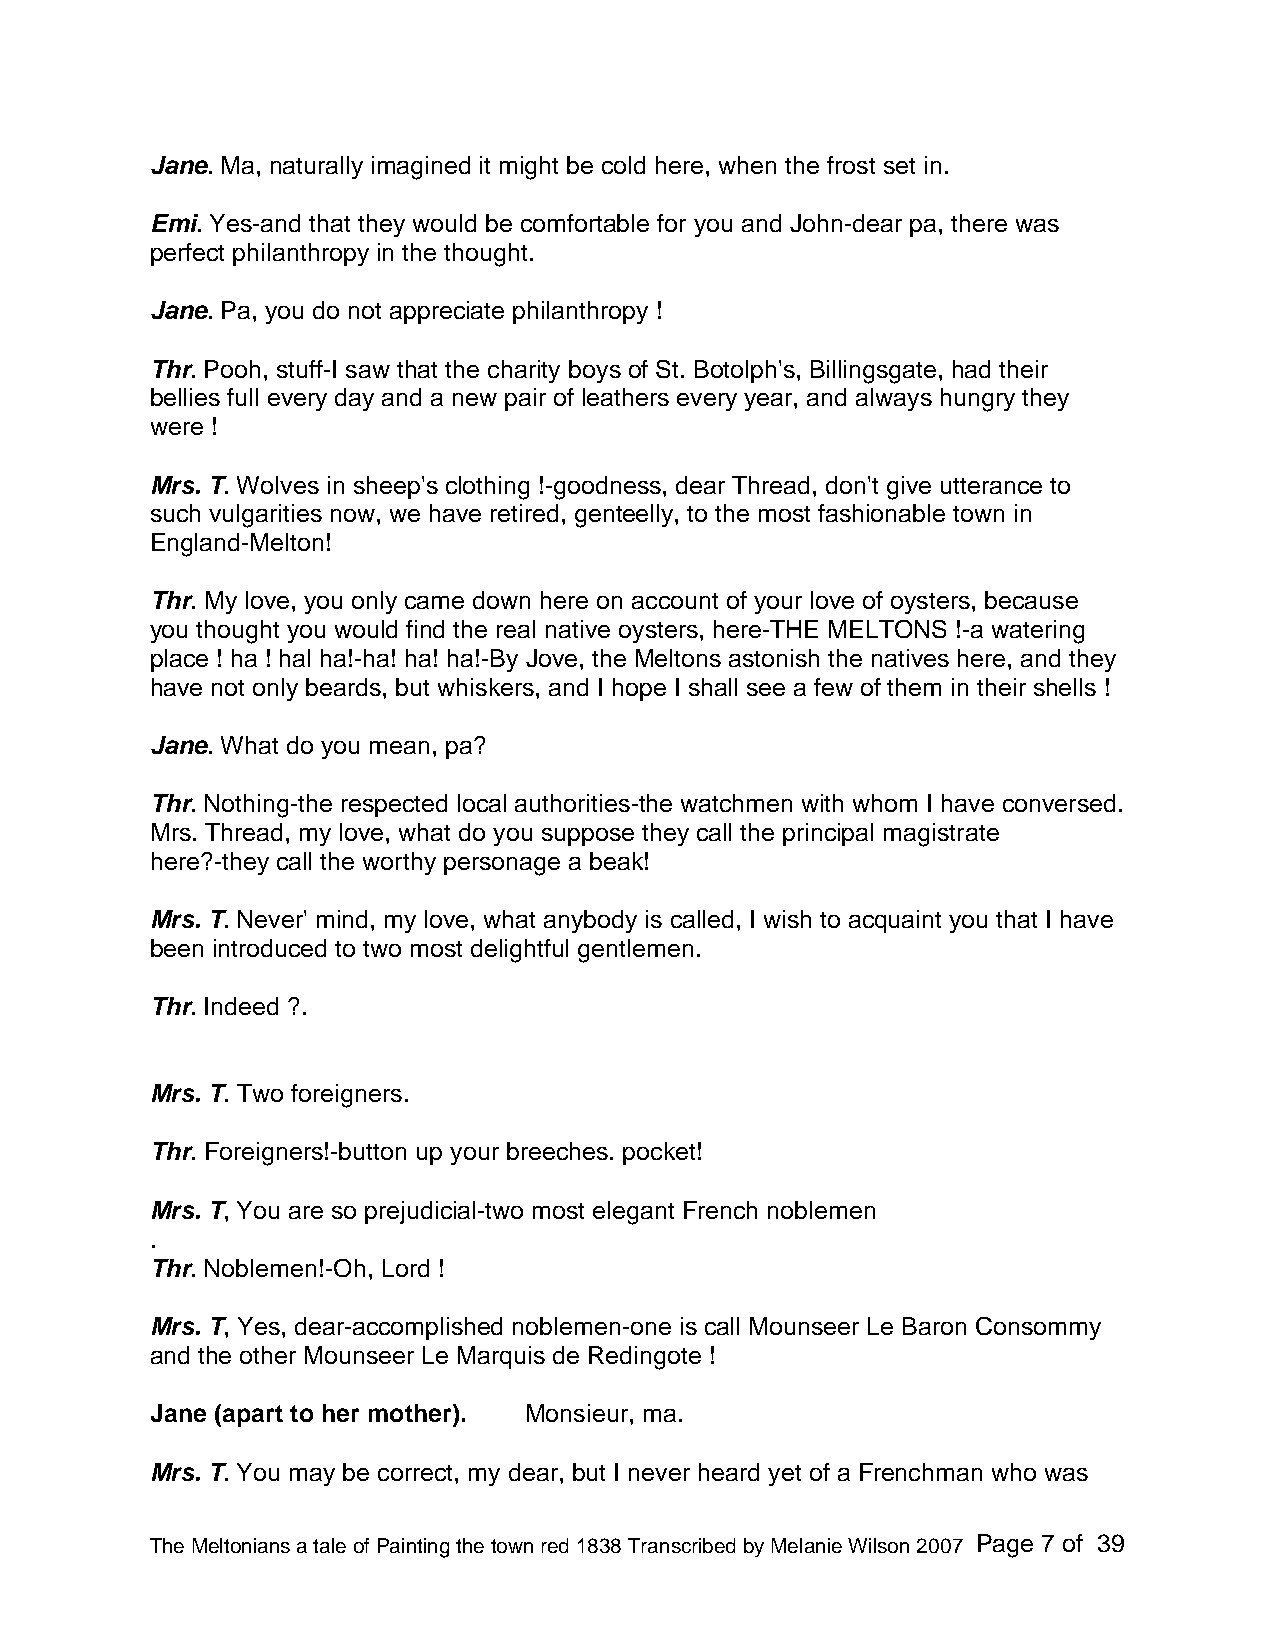
Jane. Ma, naturally imagined it might be cold here, when the frost set in.
 Emi. Yes-and that they would be comfortable for you and John-dear pa, there was
 perfect philanthropy in the thought.
 Jane. Pa, you do not appreciate philanthropy !
 Thr. Pooh, stuff-I saw that the charity boys of St. Botolph's, Billingsgate, had their
 bellies full every day and a new pair of leathers every year, and always hungry they
 were !
 Mrs. T. Wolves in sheep's clothing !-goodness, dear Thread, don't give utterance to
 such vulgarities now, we have retired, genteelly, to the most fashionable town in
 England-Melton!
 Thr. My love, you only came down here on account of your love of oysters, because
 you thought you would find the real native oysters, here-THE MELTONS !-a watering
 place ! ha ! hal ha!-ha! ha! ha!-By Jove, the Meltons astonish the natives here, and they
 have not only beards, but whiskers, and I hope I shall see a few of them in their shells !
 Jane. What do you mean, pa?
 Thr. Nothing-the respected local authorities-the watchmen with whom I have conversed.
 Mrs. Thread, my love, what do you suppose they call the principal magistrate
 here?-they call the worthy personage a beak!
 Mrs. T. Never' mind, my love, what anybody is called, I wish to acquaint you that I have
 been introduced to two most delightful gentlemen.
 Thr. Indeed ?.
 Mrs. T. Two foreigners.
 Thr. Foreigners!-button up your breeches. pocket!
 Mrs. T, You are so prejudicial-two most elegant French noblemen
 .
 Thr. Noblemen!-Oh, Lord !
 Mrs. T, Yes, dear-accomplished noblemen-one is call Mounseer Le Baron Consommy
 and the other Mounseer Le Marquis de Redingote !
 Jane (apart to her mother). Monsieur, ma.
 Mrs. T. You may be correct, my dear, but I never heard yet of a Frenchman who was
 The Meltonians a tale of Painting the town red 1838 Transcribed by Melanie Wilson 2007 Page 7 of 39